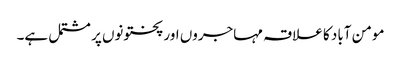
مومن آباد کا علاقہ مہاجروں اور پختونوں پر مشتمل ہے۔